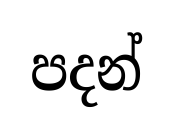
පදන්